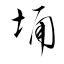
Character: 埇